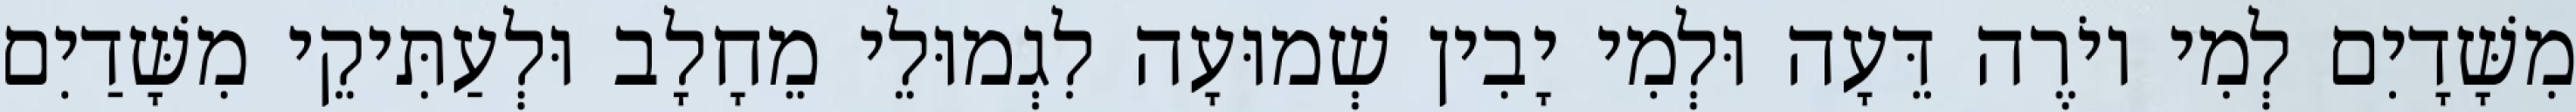
מִשָּׁדָיִם לְמִי יוֹרֶה דֵּעָה וּלְמִי יָבִין שְׁמוּעָה לִגְמוּלֵי מֵחָלָב וּלְעַתִּיקֵי מִשָּׁדַיִם